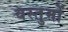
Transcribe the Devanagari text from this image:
वस्तुमों